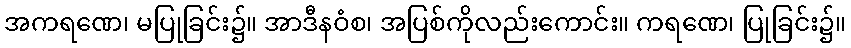
အကရဏေ၊ မပြုခြင်း၌။ အာဒီနဝံစ၊ အပြစ်ကိုလည်းကောင်း။ ကရဏေ၊ ပြုခြင်း၌။